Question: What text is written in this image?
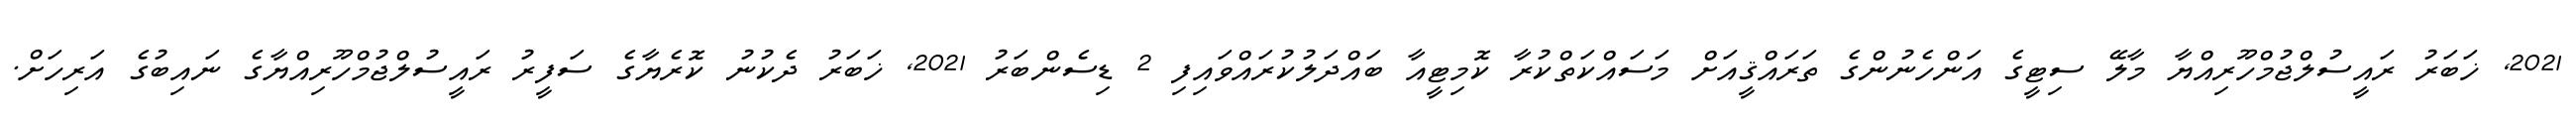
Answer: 2021, ޚަބަރު ރައީސުލްޖުމްހޫރިއްޔާ މާލޭ ސިޓީގެ އަންހެނުންގެ ތަރައްޤީއަށް މަސައްކަތްކުރާ ކޮމިޓީއާ ބައްދަލުކުރައްވައިފި 2 ޑިސެންބަރު 2021, ޚަބަރު ދެކުނު ކޮރެޔާގެ ސަފީރު ރައީސުލްޖުމްހޫރިއްޔާގެ ނައިބުގެ އަރިހަށް.